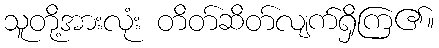
သူတို့အားလုံး တိတ်ဆိတ်လျက်ရှိကြ၏။